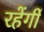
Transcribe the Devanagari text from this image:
रहेंगीं